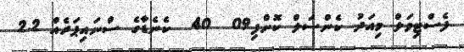
ފެސްޓިވަލް މިއަދު ކެންސަލް ކޮށްފި09  40  ކެނެޑާގެ ސްނައިޕަރެއް 2.2